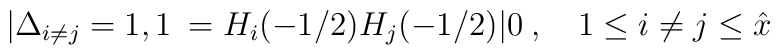
|\Delta_{i \ne j}=1,1\> = H_i(-1/2)H_j(-1/2)|0\>,\quad 1 \le i \ne j \le {\hat x}